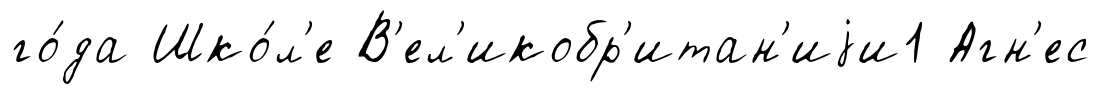
го́да Шко́л'е В'ел'икобр'итан'иjи1 Агн'ес